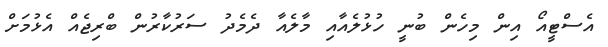
އެސްޓީއޯ އިން މިހެން ބުނީ ހުޅުލެއާއި މާލެއާ ދެމެދު ސަރުކާރުން ބްރިޖެއް އެޅުމަށް